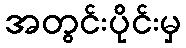
အတွင်းပိုင်းမှ